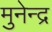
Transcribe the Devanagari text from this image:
मुनेन्द्र